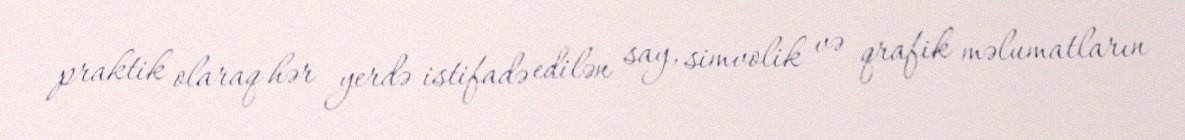
praktik olaraq hər yerdə istifadə edilən say, simvolik və qrafik məlumatların